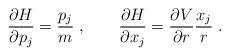
LaTeX: \begin{align*}\frac{\partial H}{\partial p_j} = \frac{p_j}{m}\;,\qquad\frac{\partial H}{\partial x_j} = \frac{\partial V}{\partial r} \frac{x_j}{r}\;.\end{align*}